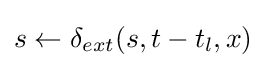
s\leftarrow \delta _{ext}(s,t-t_{l},x)